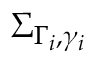
\boldsymbol { \Sigma } _ { \Gamma _ { i } , \gamma _ { i } }